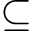
\subseteq